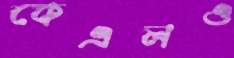
কেএলও